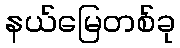
နယ်မြေတစ်ခု